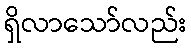
ရှိလာသော်လည်း